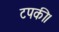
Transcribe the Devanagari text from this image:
टपकी।